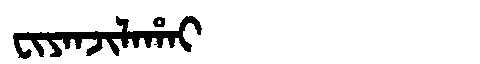
Manchu: ᠸᡳᠶᠠᠨᠵᡳᠯᠠᡥᠠᡳ
Romanization: FIYANJILAHAI